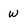
Character: W